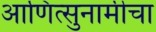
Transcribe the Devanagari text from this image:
आणित्सुनामीचा